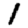
Digit: 1